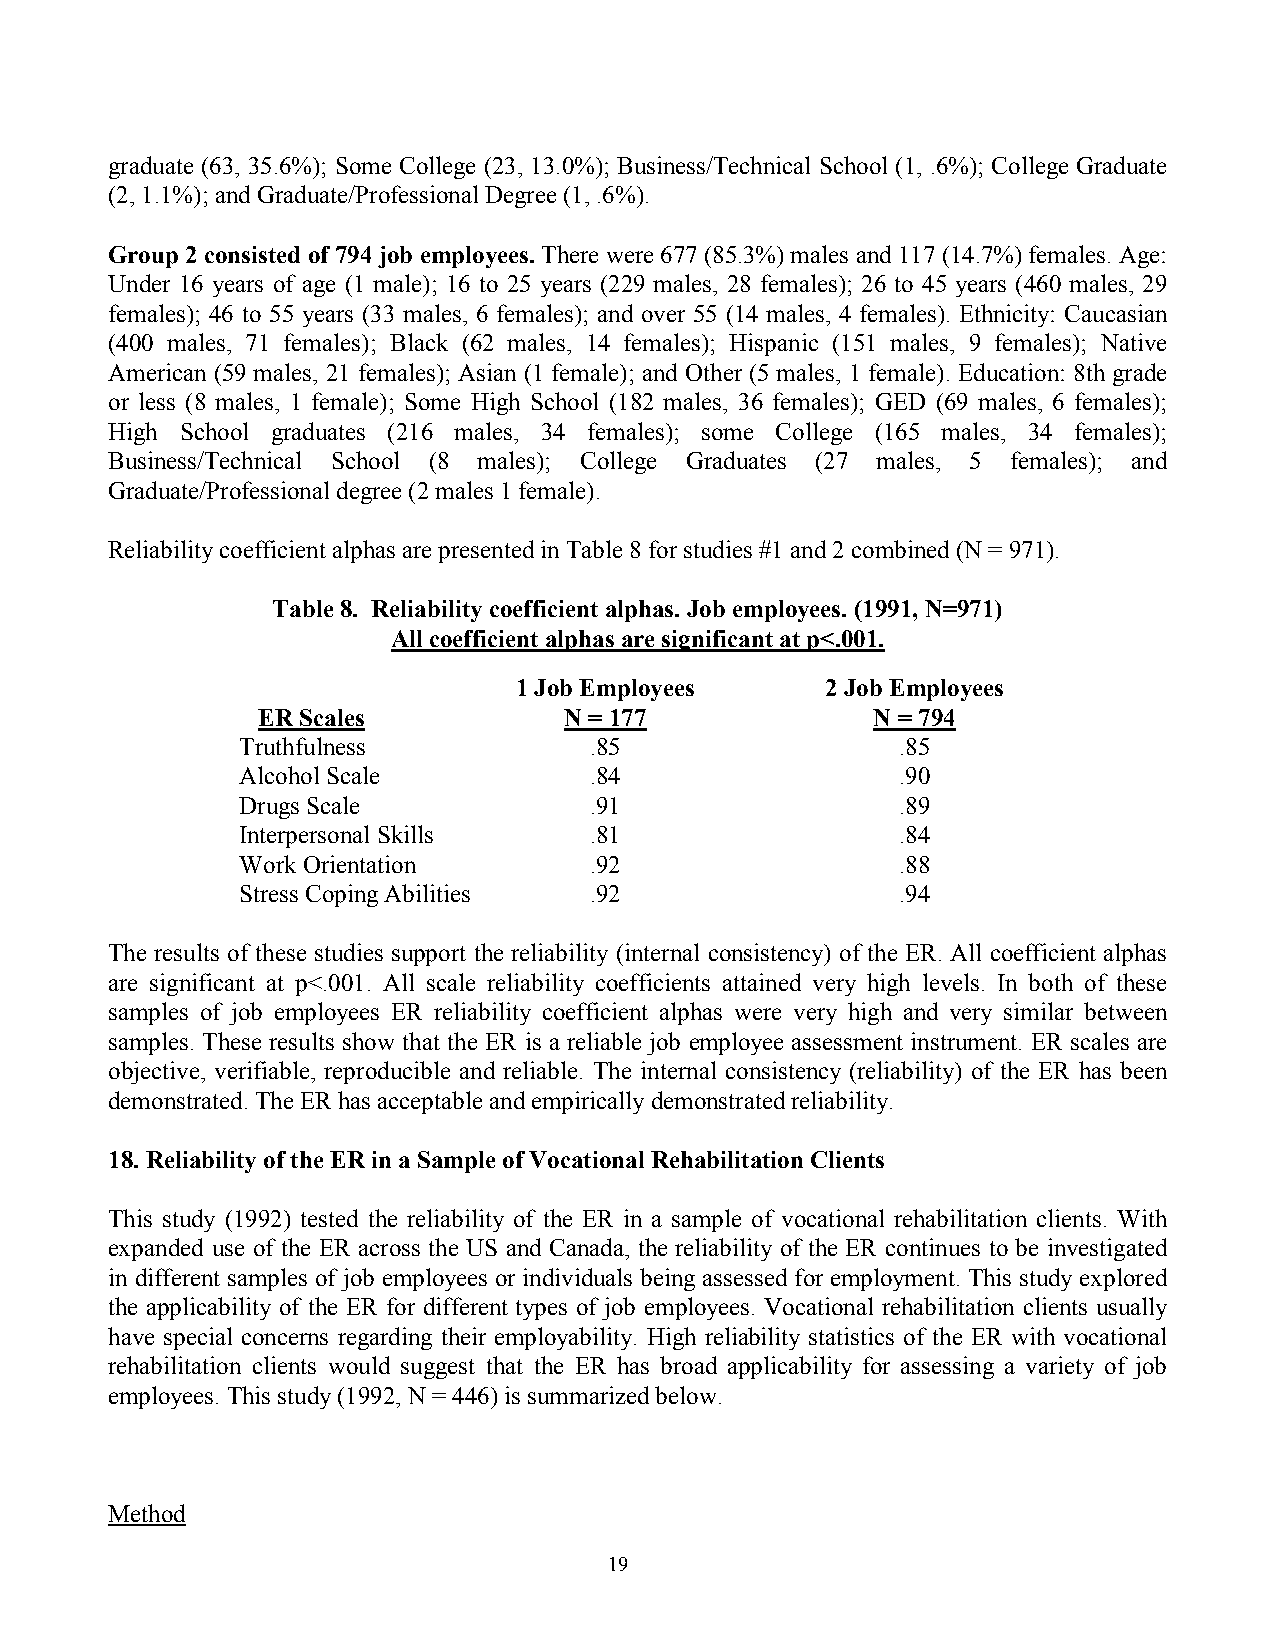
graduate (63, 35.6%); Some College (23, 13.0%); Business/Technical School (1, .6%); College Graduate
 (2, 1.1%); and Graduate/Professional Degree (1, .6%).
 Group 2 consisted of 794 job employees. There were 677 (85.3%) males and 117 (14.7%) females. Age:
 Under 16 years of age (1 male); 16 to 25 years (229 males, 28 females); 26 to 45 years (460 males, 29
 females); 46 to 55 years (33 males, 6 females); and over 55 (14 males, 4 females). Ethnicity: Caucasian
 (400 males, 71 females); Black (62 males, 14 females); Hispanic (151 males, 9 females); Native
 American (59 males, 21 females); Asian (1 female); and Other (5 males, 1 female). Education: 8th grade
 or less (8 males, 1 female); Some High School (182 males, 36 females); GED (69 males, 6 females);
 High School graduates (216 males, 34 females); some College (165 males, 34 females);
 Business/Technical School (8 males); College Graduates (27 males, 5 females); and
 Graduate/Professional degree (2 males 1 female).
 Reliability coefficient alphas are presented in Table 8 for studies #1 and 2 combined (N = 971).
 Table 8. Reliability coefficient alphas. Job employees. (1991, N=971)
 All coefficient alphas are significant at p<.001.
 1 Job Employees      2 Job Employees
 ER Scales           N = 177              N = 794
 Truthfulness           .85                  .85
 Alcohol Scale          .84                  .90
 Drugs Scale            .91                  .89
 Interpersonal Skills   .81                  .84
 Work Orientation       .92                  .88
 Stress Coping Abilities .92                 .94
 The results of these studies support the reliability (internal consistency) of the ER. All coefficient alphas
 are significant at p<.001. All scale reliability coefficients attained very high levels. In both of these
 samples of job employees ER reliability coefficient alphas were very high and very similar between
 samples. These results show that the ER is a reliable job employee assessment instrument. ER scales are
 objective, verifiable, reproducible and reliable. The internal consistency (reliability) of the ER has been
 demonstrated. The ER has acceptable and empirically demonstrated reliability.
 18. Reliability of the ER in a Sample of Vocational Rehabilitation Clients
 This study (1992) tested the reliability of the ER in a sample of vocational rehabilitation clients. With
 expanded use of the ER across the US and Canada, the reliability of the ER continues to be investigated
 in different samples of job employees or individuals being assessed for employment. This study explored
 the applicability of the ER for different types of job employees. Vocational rehabilitation clients usually
 have special concerns regarding their employability. High reliability statistics of the ER with vocational
 rehabilitation clients would suggest that the ER has broad applicability for assessing a variety of job
 employees. This study (1992, N = 446) is summarized below.
 Method
 19